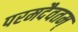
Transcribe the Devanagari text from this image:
परमदैवतम्